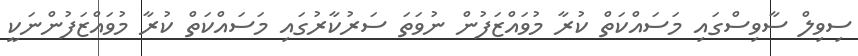
ސިވިލް ސާވިސްގައި މަސައްކަތް ކުރާ މުވައްޒަފުން ނުވަތަ ސަރުކާރުގައި މަސައްކަތް ކުރާ މުވައްޒަފުންނަކީ